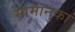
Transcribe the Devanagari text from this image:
मामानुका